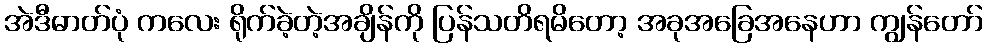
အဲဒီဓာတ်ပုံ ကလေး ရိုက်ခဲ့တဲ့အချိန်ကို ပြန်သတိရမိတော့ အခုအခြေအနေဟာ ကျွန်တော်